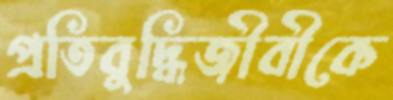
প্রতিবুদ্ধিজীবীকে